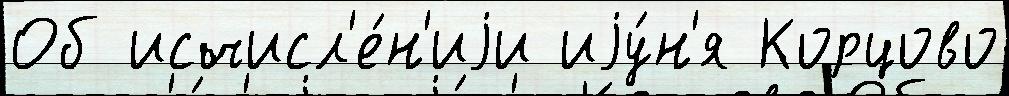
Об исчисл'е́н'иjи иjу́н'я Корцово